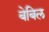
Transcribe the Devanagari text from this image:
बेबिल